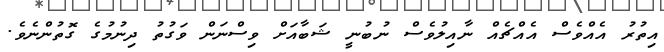
އިތުރު އެއްވެސް އެއްޗެއް ނާއިލުވެސް ނުބުނީ ޝަބާއަށް ވިސްނަން ވަގުތު ދިނުމުގެ ގޮތުންނެވެ.